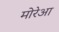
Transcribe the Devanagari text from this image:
मोरेआ